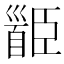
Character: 𩠝